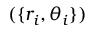
( \{ r _ { i } , \theta _ { i } \} )